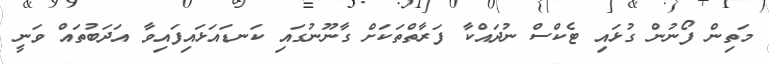
މަތިން ފޯނުން ގުޅައި ޓެކްސް ނުދައްކާ ފަރާތްތަކަށް ގާނޫނުގައި ކަނޑައަޅައިފައިވާ އަދަބުތައް ވަނީ